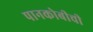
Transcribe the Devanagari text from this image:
पानकोबीची